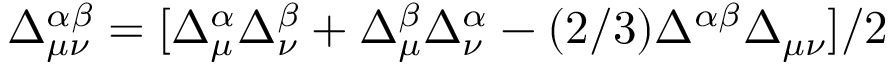
\Delta _ { \mu \nu } ^ { \alpha \beta } = [ \Delta _ { \mu } ^ { \alpha } \Delta _ { \nu } ^ { \beta } + \Delta _ { \mu } ^ { \beta } \Delta _ { \nu } ^ { \alpha } - ( 2 / 3 ) \Delta ^ { \alpha \beta } \Delta _ { \mu \nu } ] / 2